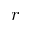
r